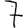
Digit: 7